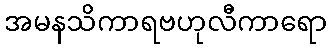
အမနသိကာရဗဟုလီကာရော